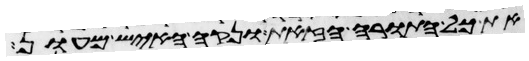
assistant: את כל התורה הזאת ונקה האיש מעון